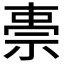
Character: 𮁸